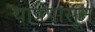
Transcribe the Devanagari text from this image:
यात्रेपासून